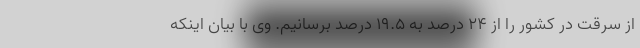
از سرقت در کشور را از ۲۴ درصد به ۱۹.۵ درصد برسانیم. وی با بیان اینکه